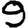
Digit: 9